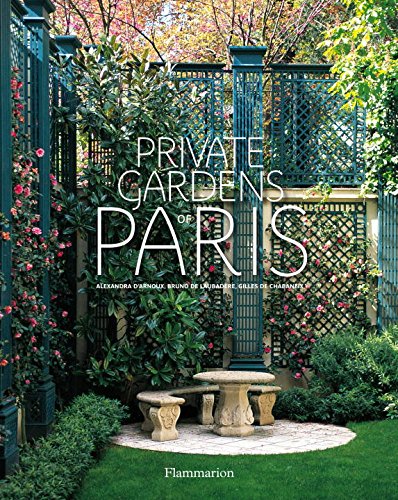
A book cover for Private Gardens of Paris; Alexandra D'Arnoux; Crafts, Hobbies & Home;